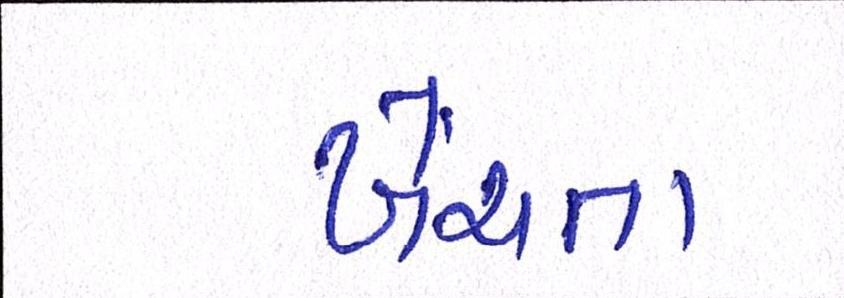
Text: ખેંચતા